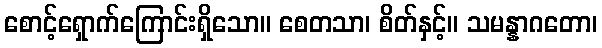
စောင့်ရှောက်ကြောင်းရှိသော။ စေတသာ၊ စိတ်နှင့်။ သမန္နာဂတော၊